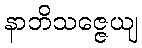
နာဘိသဇ္ဇေယျ